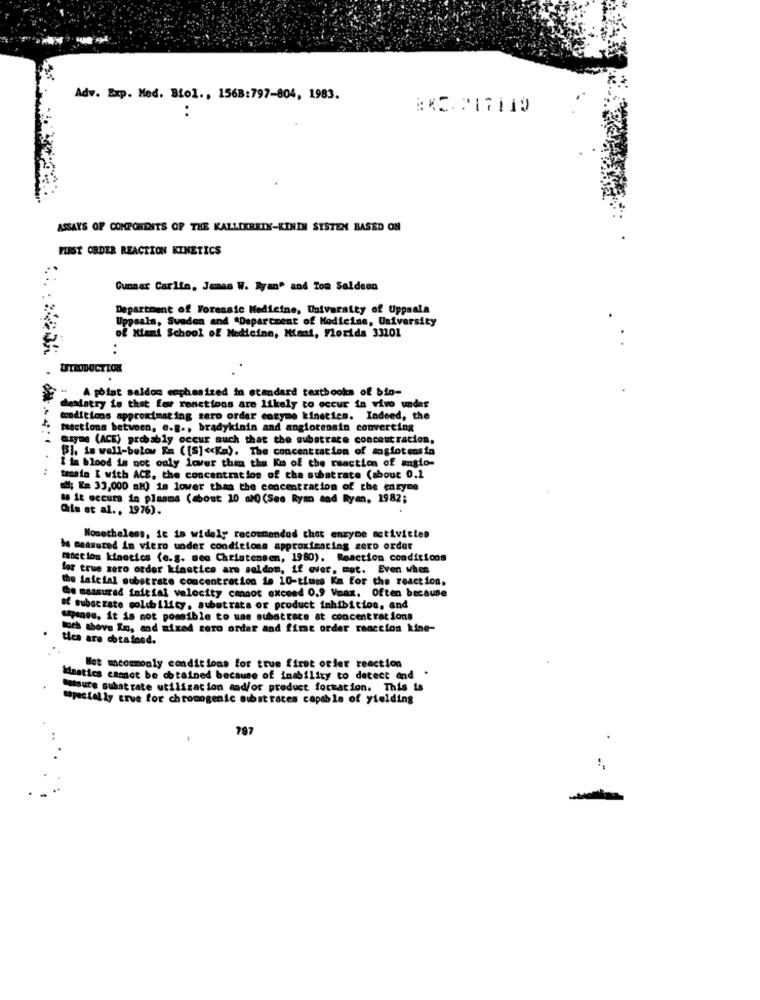
Adv. Exp. Med. Biol ., 156B:797-804, 1983.
RX2.217119
ASSAYS OF COMPONENTS OF THE KALLIKBRIN-KININ SYSTEM BASED ON
FLEST ORDER REACTION KINETICS
Gunnar Carlin, James W. Ryan" and Tom Saldeen
Department of Forensic Medicine, Univeraity of Uppsala
Uppsala, Sweden and *Department of Medicine, University
of Miami School of Medicine, Miami, Florida 33201
. .
UTRODUCTION
A point seldon emphasized in standard textbooks of big-
hendatry is that for reactions are likely to occur in vivo undar
conditions approximat ing sero order cotyme kinetics. Indeed, the
maactions between, e.B ., bradykinin and angiotensin converting
czyme (ACE) probably occur auch that the subatrace concentration,
[5]. is well-below Ka ([S] << Ka). The concentration of sosfotensin
:
I la blood is not only lover thim the Kin of the reaction of anglo-
tensio I with ACE, the concentration of the substrate (about 0.1
aMl; Es 33,000 aM) is lower than the concentration of the enzyme
M it occurs in plasms (about 10 aM (See Ryan and Ryan, 1982;
Qfs et al ., 1976).
Nonetheless, it is widely recommended that enzyme activities
be measured in vitro under conditions approximacing zero order
raction kinetics (e.g. seo Christensen, 1980). Reaction conditicos
for true zero order kinetics are soldom, if over, mut. Even when
the inicial substrate concentration is 10-times Km for the reaction,
Che measured initial velocity cannot exceed 0.9 Veax. Often because
of subaczate solubility, aubetrata or product inhibition, and
Ampense, it is not possible to use subatrace at concentrations
och above In, and mixed zero order and fime order reaccion kine-
ties are obtained.
Bot uncommonly conditions for true first orlet reaction
Mastics camot be obtained because of inability to detect and .
Smisure suhat rate utilization and/or product formation. This is
tapestally crue for chromogenic subit races capable of yielding
797
..